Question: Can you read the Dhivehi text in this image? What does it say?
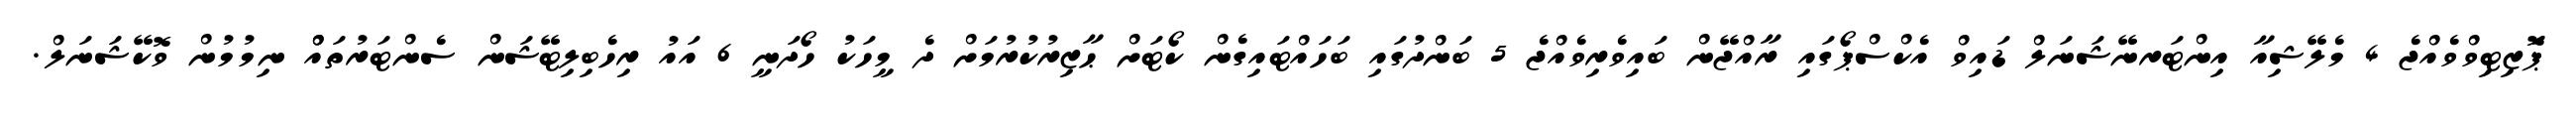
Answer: ޕަޮޒިޓިވްވެއްޖެ 4 މެލޭޝިއާ އިންޓަރނޭޝަނަލް ޑައިވް އެކްސްޕޯގައި ރާއްޖޭން ބައިވެރިވެއްޖެ 5 ބަންދުގައި ބަހައްޓައިގެން ކޯޓަށް ޙާޒިރުކުރުމަށް ދެ މީހަކު ހޯދަނީ 6 އައު ރިހެބިލިޓޭޝަން ސެންޓަރުތައްް ނިމުމުން ވޮކޭޝަނަލް.